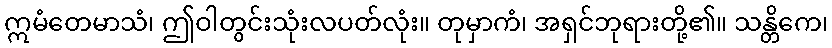
ဣမံတေမာသံ၊ ဤဝါတွင်းသုံးလပတ်လုံး။ တုမှာကံ၊ အရှင်ဘုရားတို့၏။ သန္တိကေ၊